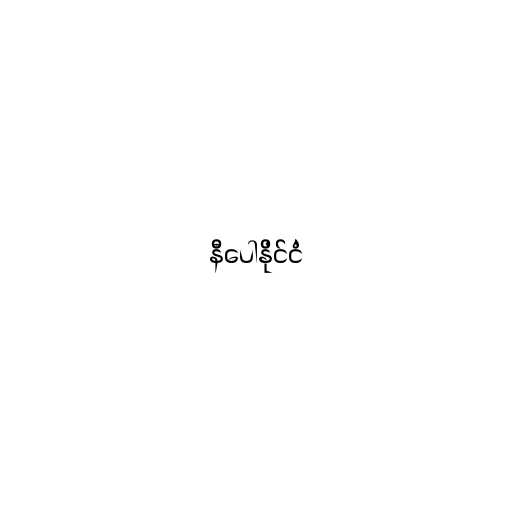
နီပေါနိုင်ငံ